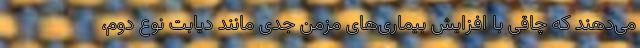
می‌دهند که چاقی با افزایش بیماری‌های مزمن جدی مانند دیابت نوع دوم،